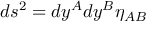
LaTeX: d s ^ { 2 } = d y ^ { A } d y ^ { B } \eta _ { A B }